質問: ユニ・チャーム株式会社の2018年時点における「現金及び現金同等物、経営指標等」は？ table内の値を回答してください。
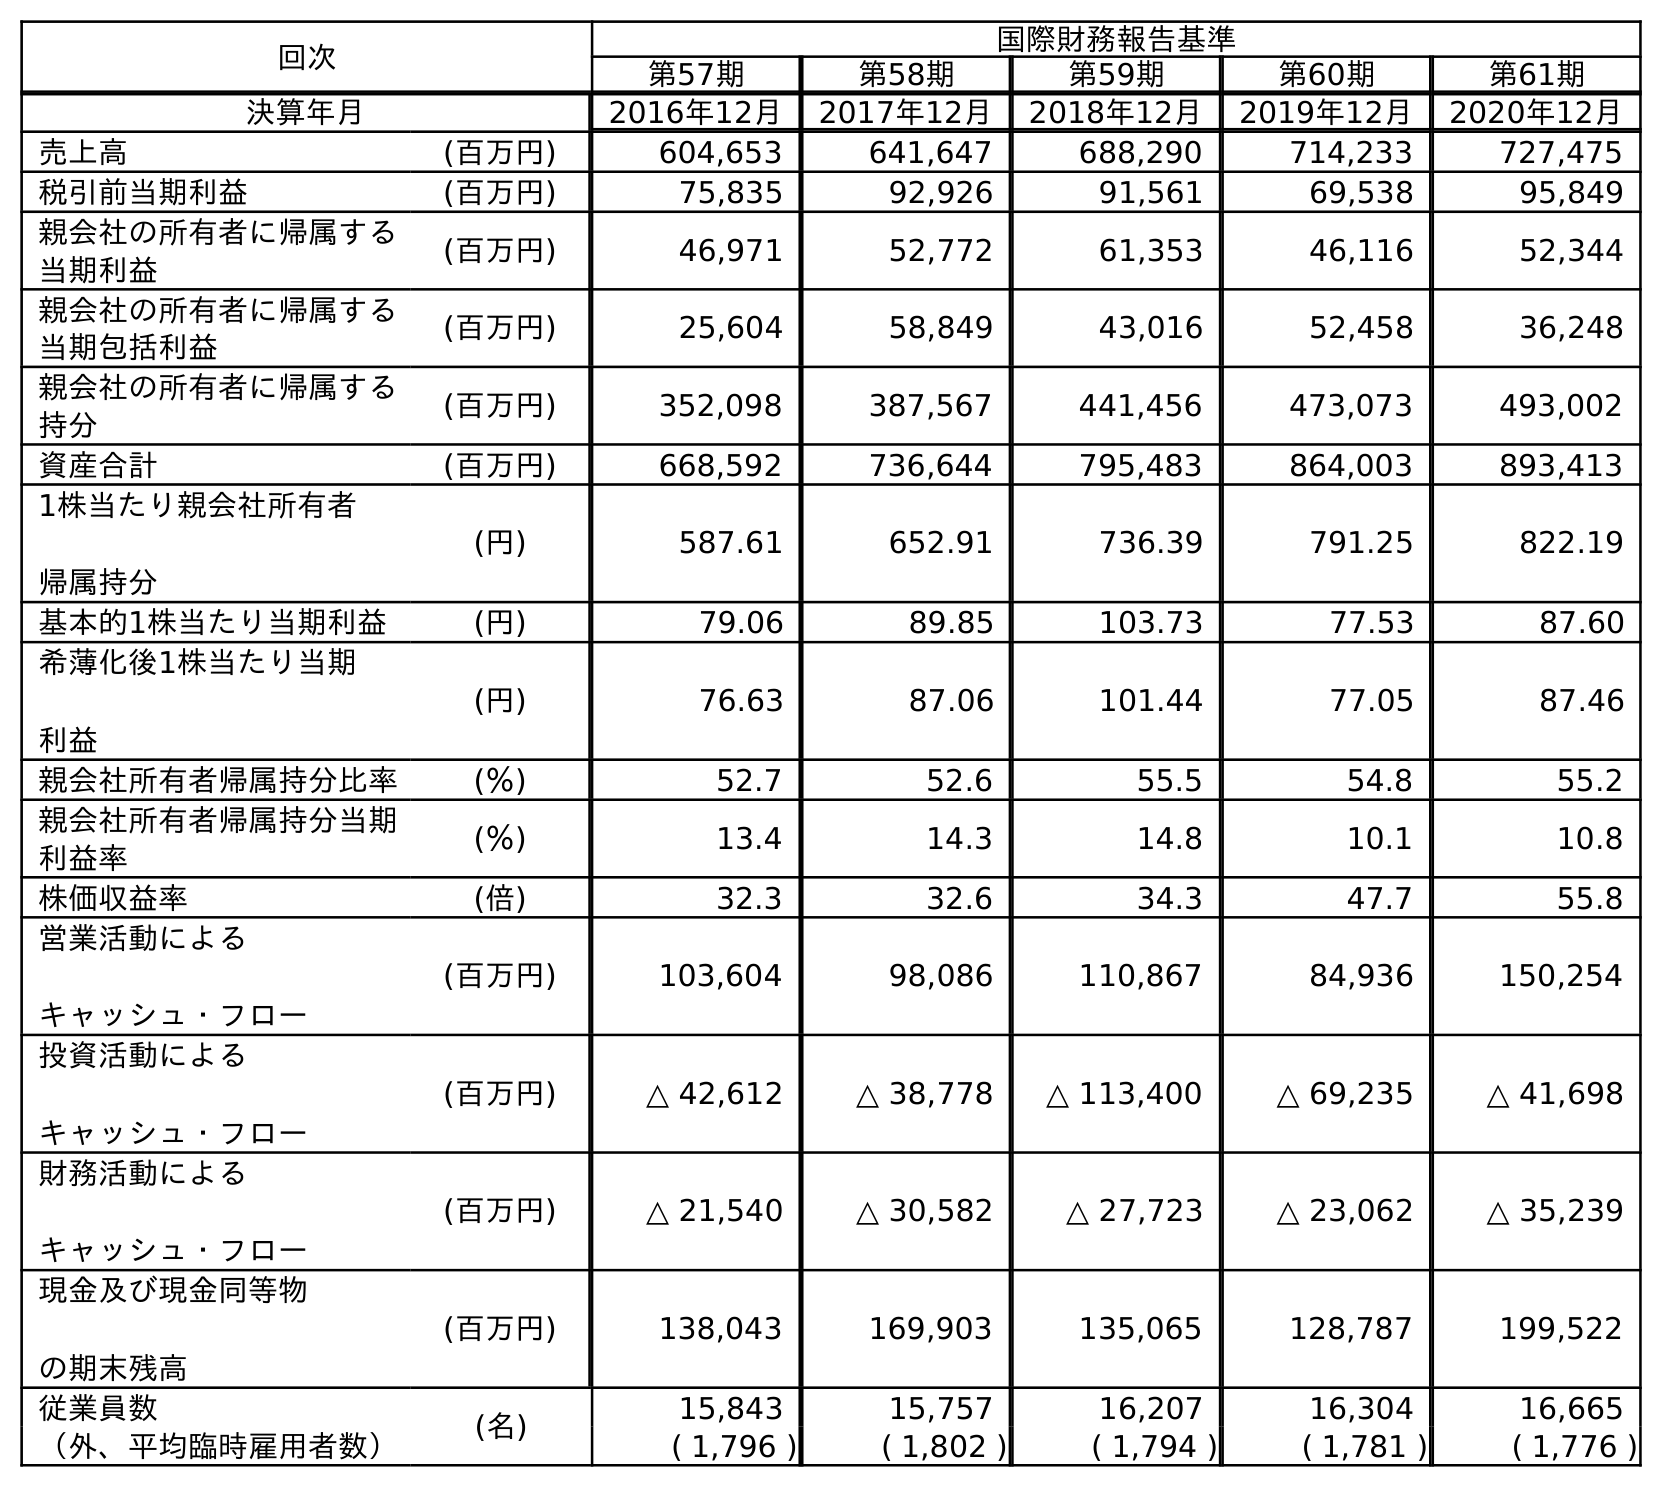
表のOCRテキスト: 回次 国際財務報告基準 第57期 第58期 第59期 第60期 第61期 決算年月 2016年12月 2017年12月 2018年12月 2019年12月 2020年12月 売上高 (百万円) 604,653 641,647 688,290 714,233 727,475 税引前当期利益 (百万円) 75,835 92,926 91,561 69,538 95,849 親会社の所有者に帰属する 当期利益 (百万円) 46,971 52,772 61,353 46,116 52,344 親会社の所有者に帰属する 当期包括利益 (百万円) 25,604 58,849 43,016 52,458 36,248 親会社の所有者に帰属する 持分 (百万円) 352,098 387,567 441,456 473,073 493,002 資産合計 (百万円) 668,592 736,644 795,483 864,003 893,413 1株当たり親会社所有者 帰属持分 (円) 587.61 652.91 736.39 791.25 822.19 基本的1株当たり当期利益 (円) 79.06 89.85 103.73 77.53 87.60 希薄化後1株当たり当期 利益 (円) 76.63 87.06 101.44 77.05 87.46 親会社所有者帰属持分比率 (％) 52.7 52.6 55.5 54.8 55.2 親会社所有者帰属持分当期 利益率 (％) 13.4 14.3 14.8 10.1 10.8 株価収益率 (倍) 32.3 32.6 34.3 47.7 55.8 営業活動による キャッシュ・フロー (百万円) 103,604 98,086 110,867 84,936 150,254 投資活動による キャッシュ・フロー (百万円) △ 42,612 △ 38,778 △ 113,400 △ 69,235 △ 41,698 財務活動による キャッシュ・フロー (百万円) △ 21,540 △ 30,582 △ 27,723 △ 23,062 △ 35,239 現金及び現金同等物 の期末残高 (百万円) 138,043 169,903 135,065 128,787 199,522 従業員数 (名) 15,843 15,757 16,207 16,304 16,665 （外、平均臨時雇用者数） ( 1,796 ) ( 1,802 ) ( 1,794 ) ( 1,781 ) ( 1,776 )
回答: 135,065